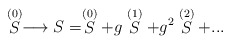
\begin{align*}\stackrel{(0)}{S}\longrightarrow S = \stackrel{(0)}{S} +g \stackrel{(1)}{S} +g^2 \stackrel{(2)}{S} + ...\end{align*}